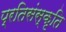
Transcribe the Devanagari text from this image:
प्रतिसंस्कृति